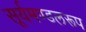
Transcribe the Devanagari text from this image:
सूर्यमण्डलरूप